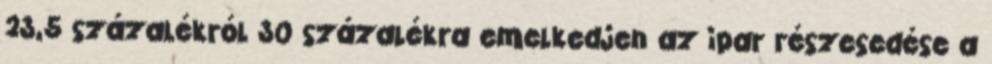
23,5 százalékról 30 százalékra emelkedjen az ipar részesedése a